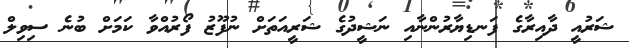
ޝަރުއީ ދާއިރާގެ ފަނޑިޔާރުންނާއި ނަޝީދުގެ ޝަރީއަތަށް ނުފޫޒު ފޯރުއްވާ ކަމަށް ބުނެ ސިވިލް